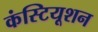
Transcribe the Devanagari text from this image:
कंस्टियूशन